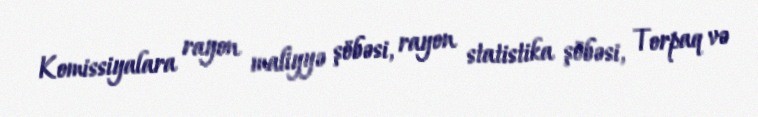
Komissiyalara rayon maliyyə şöbəsi, rayon statistika şöbəsi, Torpaq və